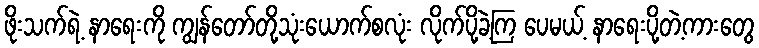
ဖိုးသက်ရဲ့ နာရေးကို ကျွန်တော်တို့သုံးယောက်စလုံး လိုက်ပို့ခဲ့ကြ ပေမယ့် နာရေးပို့တဲ့ကားတွေ